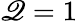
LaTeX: \mathscr{Q}=1